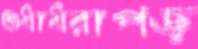
শুধাধরাপড়